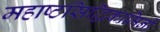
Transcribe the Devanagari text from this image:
महाष्टसिद्धिकामिनी